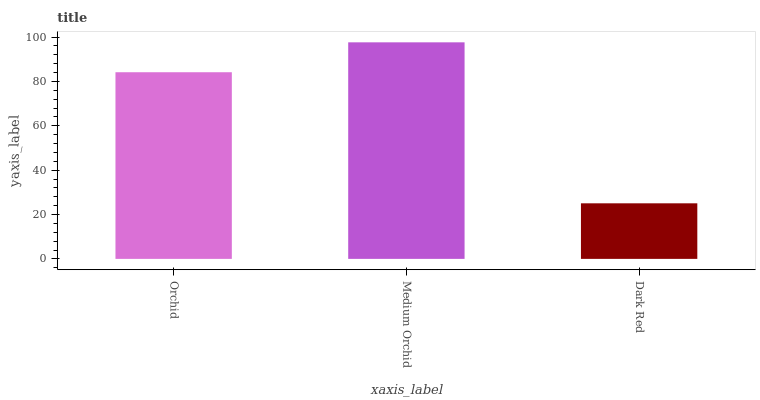
| xaxis_label | bars |
 | --- | --- |
 | Orchid | 84.2 |
 | Medium Orchid | 97.6 |
 | Dark Red | 25.1 |